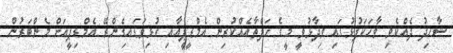
ޝާހިދު ދެއްކެވި ވާހަކަފުޅުގައި ވިދާޅުވީ މީގެ ހަފްތާއެއްކުރިން އެމްޑީޕީއާއި ގުޅިވަޑައިގެންރޭ އެމްޑިޕީއަށް މެންބަރުން